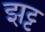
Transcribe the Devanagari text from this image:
झट्ट